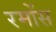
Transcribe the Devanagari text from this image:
रमोंस